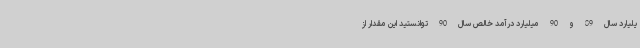
یلیارد سال 89 و 90 میلیارد درآمد خالص سال 90 توانستید این مقدار از